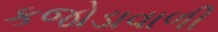
કજોડાવાળી